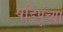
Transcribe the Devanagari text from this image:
षड्रिपूंच्या